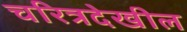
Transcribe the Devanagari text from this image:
चरित्रदेखील